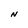
Character: N